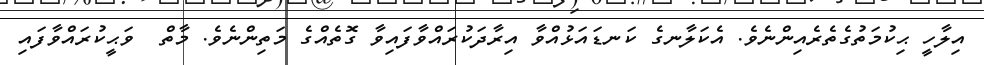
އިލާހީ ޙިކުމަތުގެތެރެއިންނެވެ. އެކަލާނގެ ކަނޑައަޅުއްވާ އިރާދަކުރައްވާފައިވާ ގޮތެއްގެ މަތިންނެވެ. މާތް  ވަޙީކުރައްވާފައި